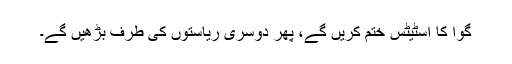
گوا کا اسٹیٹس ختم کریں گے، پھر دوسری ریاستوں کی طرف بڑھیں گے۔